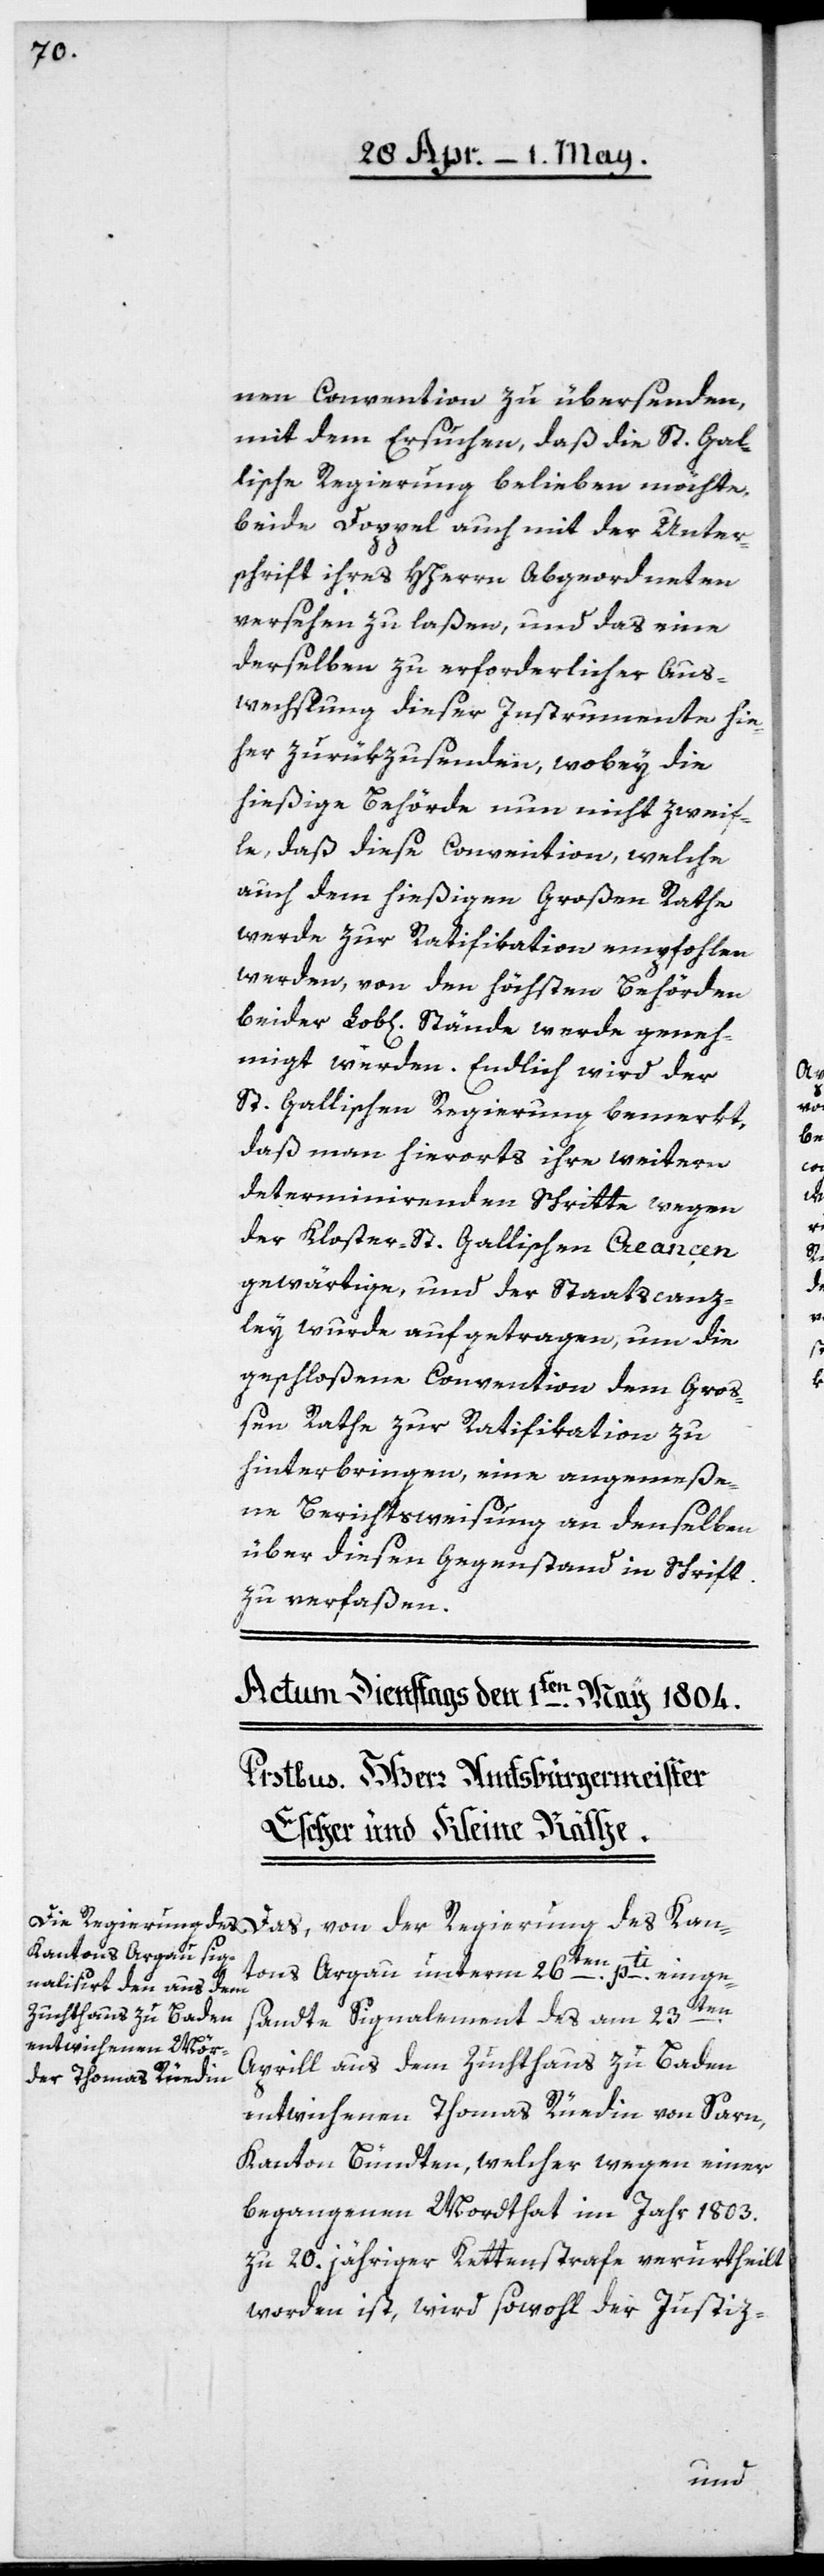
nen Convention zu übersenden,
mit dem Ersuchen, daß die St. Gal¬
lische Regierung belieben möchte,
beide Doppel auch mit der Unter¬
schrift ihres HHerrn Abgeordneten
versehen zu laßen, und das eine
derselben zu erforderlicher Aus¬
wechslung dieser Instrumente hie¬
her zurükzusenden, wobey die
hießige Behörde nun nicht zweif¬
le, daß diese Convention, welche
auch dem hießigen Großen Rathe
werde zur Ratifikation empfohlen
werden, von den höchsten Behörden
beider Lob[licher] Stände werde geneh¬
migt werden. Endlich wird der
St. Gallischen Regierung bemerkt,
daß man hierorts ihre weitern
determinirenden Schritte wegen
der Kloster-St. Gallischen Creançen
gewärtige, und der Staatscanz¬
ley wurde aufgetragen, um die
geschloßene Convention dem Groß¬
en Rathe zur Ratifikation zu
hinterbringen, eine angemeße¬
ne Berichtsweisung an denselben
über diesen Gegenstand in Schrift
zu verfaßen.
Das, von der Regierung des Kan¬
tons Argau unterm 26ten pti einge¬
sandte Signalement des am 23ten
Aprill aus dem Zuchthaus zu Baden
entwichenen Thomas Rüedin von Sarn,
Kanton Bündten, welcher wegen einer
begangenen Mordthat im Jahr 1803.
zu 20. jähriger Kettenstrafe verurtheilt
worden ist, wird sowohl der Justiz-